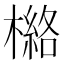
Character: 𰘯